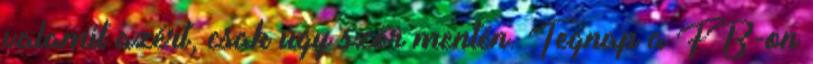
valamit azért, csak úgy szőr mentén. Tegnap a FB-on